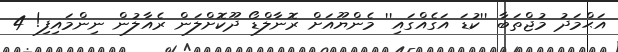
އަޙްމަދު މުޖްތަބާ ''ކުޑަ އަގެއްގައި'' މެންޔޫއަށް ރޮނާލްޑޯ ދޫކޮށްލަން ރެއާލުން ނިންމައިފި! 4